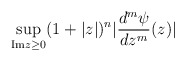
\begin{align*}\sup_{{\rm Im}z \geq 0} (1 + |z|)^{n} |\frac{d^{m}\psi }{dz^{m}} (z)|\end{align*}